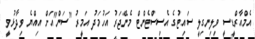
އެމްއާރްޑީސީ ވިލިނގިލީ ސައިޓުގެ އެސިސްޓެންޓް މެނޭޖަރު އަހުމަދު އަމީރު "ސަން"އަށް އިއްޔެ ވިދާޅުވީ